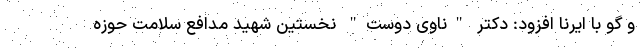
و گو با ایرنا افزود: دکتر "ناوی دوست" نخستین شهید مدافع سلامت حوزه